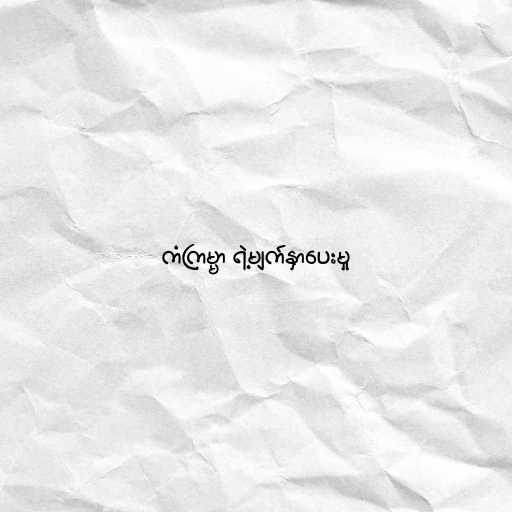
ကံကြမ္မာ ရဲ့မျက်နှာပေးမှု